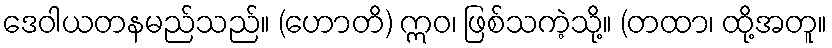
ဒေဝါယတနမည်သည်။ (ဟောတိ) ဣဝ၊ ဖြစ်သကဲ့သို့။ (တထာ၊ ထို့အတူ။